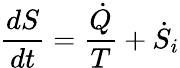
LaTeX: {\frac{dS}{dt}}={\frac{\dot{Q}}{T}}+{\dot{S}}_{i}